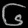
Digit: ၆